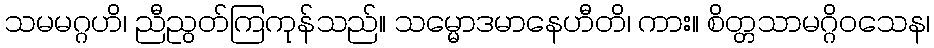
သမမဂ္ဂဟိ၊ ညီညွတ်ကြကုန်သည်။ သမ္မောဒမာနေဟီတိ၊ ကား။ စိတ္တသာမဂ္ဂိဝသေန၊